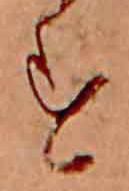
す